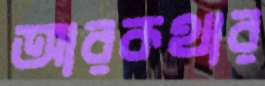
আরকথার